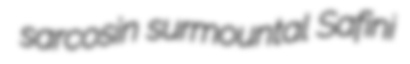
sarcosin surmountal Safini